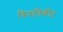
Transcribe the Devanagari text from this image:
विनातिकीट